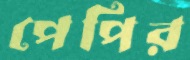
পেপির